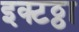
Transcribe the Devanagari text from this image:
इक्टठ्ठा